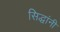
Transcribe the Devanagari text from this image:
सिद्धांनी